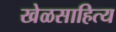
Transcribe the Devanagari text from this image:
खेळसाहित्य